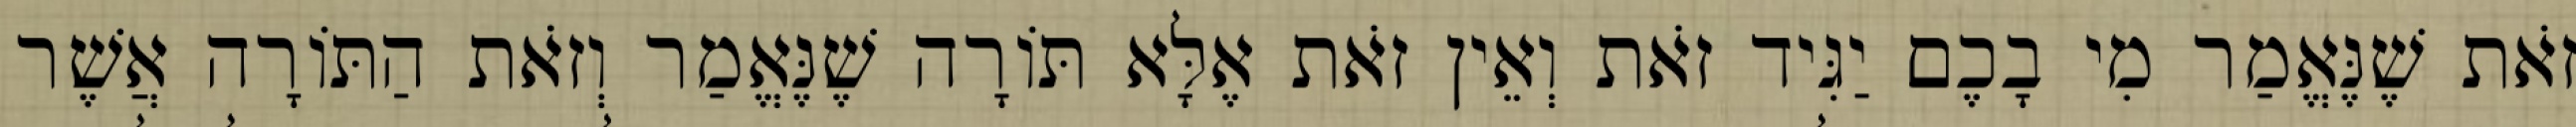
זֹאת שֶׁנֶּאֱמַר מִי בָכֶם יַגִּיד זֹאת וְאֵין זֹאת אֶלָּא תּוֹרָה שֶׁנֶּאֱמַר וְזֹאת הַתּוֹרָה אֲשֶׁר